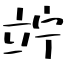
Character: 竚